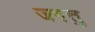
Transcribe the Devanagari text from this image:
जगत्तु